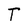
Character: T